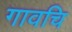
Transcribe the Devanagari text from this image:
गावचि